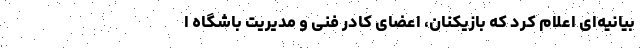
بیانیه‌ای اعلام کرد که بازیکنان، اعضای کادر فنی و مدیریت باشگاه ا